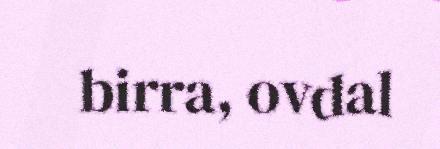
birra, ovdal